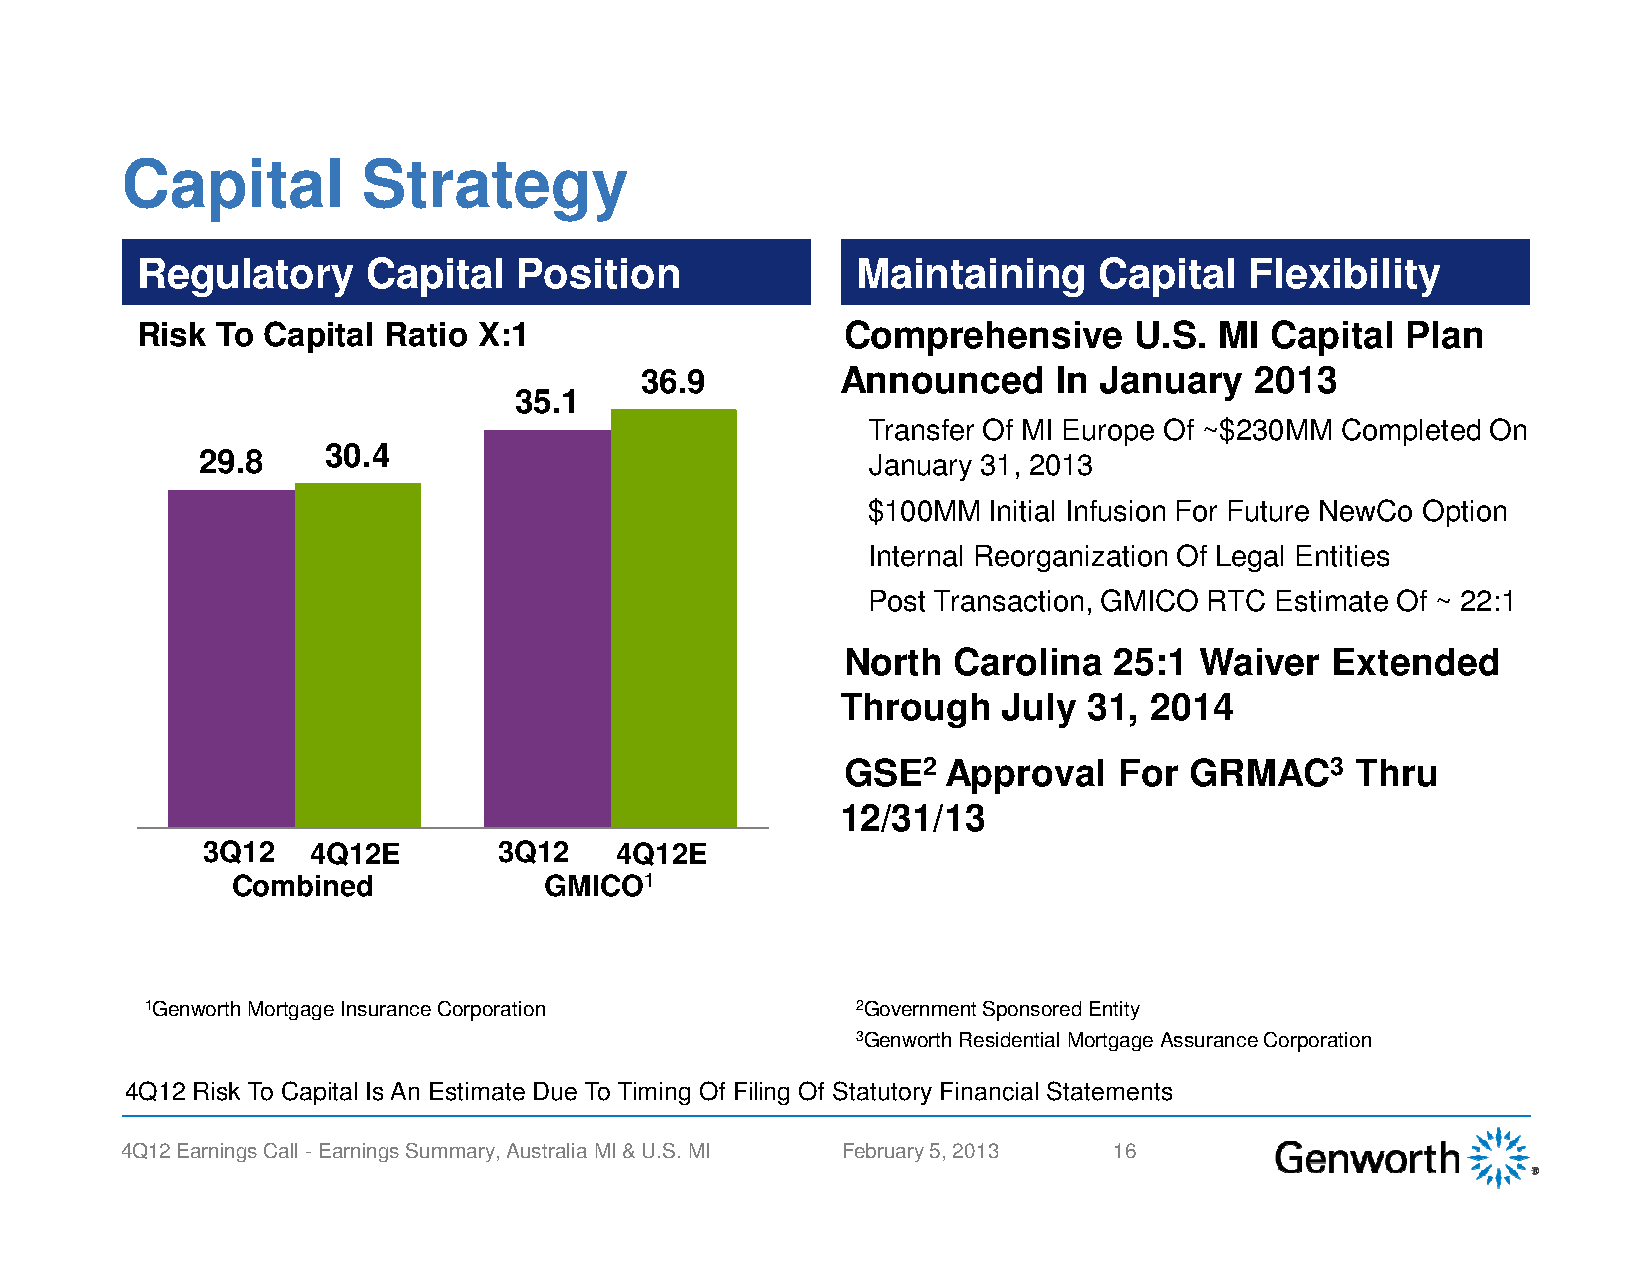
Capital         Strategy
 Regulatory     Capital   Position               Maintaining     Capital   Flexibility
 Risk To Capital Ratio  X:1                     Comprehensive      U.S.  MI Capital  Plan
 •
 36.9          Announced     In January   2013
 35.1
 Transfer Of MI Europe Of ~$230MM Completed On
 30.4
 29.8                                        January 31, 2013
 $100MM  Initial Infusion For Future NewCo Option
 Internal Reorganization Of Legal Entities
 Post Transaction, GMICO RTC Estimate Of ~ 22:1
 North  Carolina   25:1 Waiver   Extended
 •
 Through   July  31, 2014
 GSE2   Approval   For  GRMAC3     Thru
 •
 12/31/13
 3Q12   4Q12E        3Q12    4Q12E
 Combined             GMICO1
 1Genworth Mortgage Insurance Corporation       2Government Sponsored Entity
 3Genworth Residential Mortgage Assurance Corporation
 4Q12 Risk To Capital Is An Estimate Due To Timing Of Filing Of Statutory Financial Statements
 4Q12 Earnings Call -Earnings Summary, Australia MI & U.S. MI February 5, 2013 16